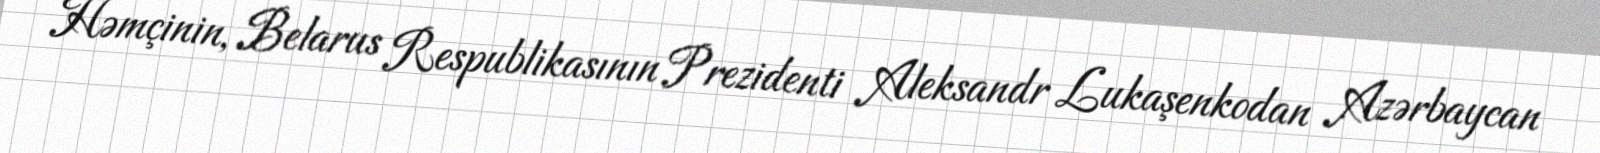
Həmçinin, Belarus Respublikasının Prezidenti Aleksandr Lukaşenkodan Azərbaycan